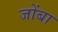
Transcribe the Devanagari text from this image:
जोंबा